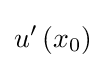
u'\left(x_{0}\right)